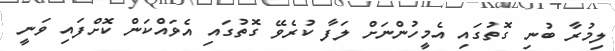
ލިމުރާ ބުނި ގޮތުގައި އެމީހުންނަށް ލަފާ ކުރެވޭ ގޮތުގައި އެވައްކަން ކޮށްފައި ވަނީ